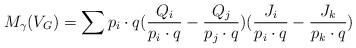
LaTeX: \begin{align*}M_{\gamma}(V_G) = \sum p_i\cdot q (\frac{Q_i}{p_i\cdot q}- \frac{Q_j}{p_j\cdot q})(\frac{J_i}{p_i\cdot q} - \frac{J_k}{p_k\cdot q})\end{align*}